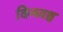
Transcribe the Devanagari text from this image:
विन्ध्यश्च